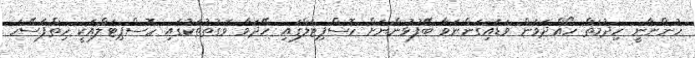
ހުންނާނީ ހިދުމަތް ހޯއްދަވަން ވަޑައިގަންނަވާ ބޭފުޅުންނަށް ހޮސްޕިޓަލްގައި ހޭދަވާ ވަގުތުތަކުގައި ހޮސްޕިޓަލްއަކީ ހިތްފަސޭހަ